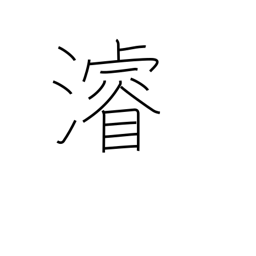
Meaning: dredge